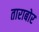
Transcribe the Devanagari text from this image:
ताराबोर